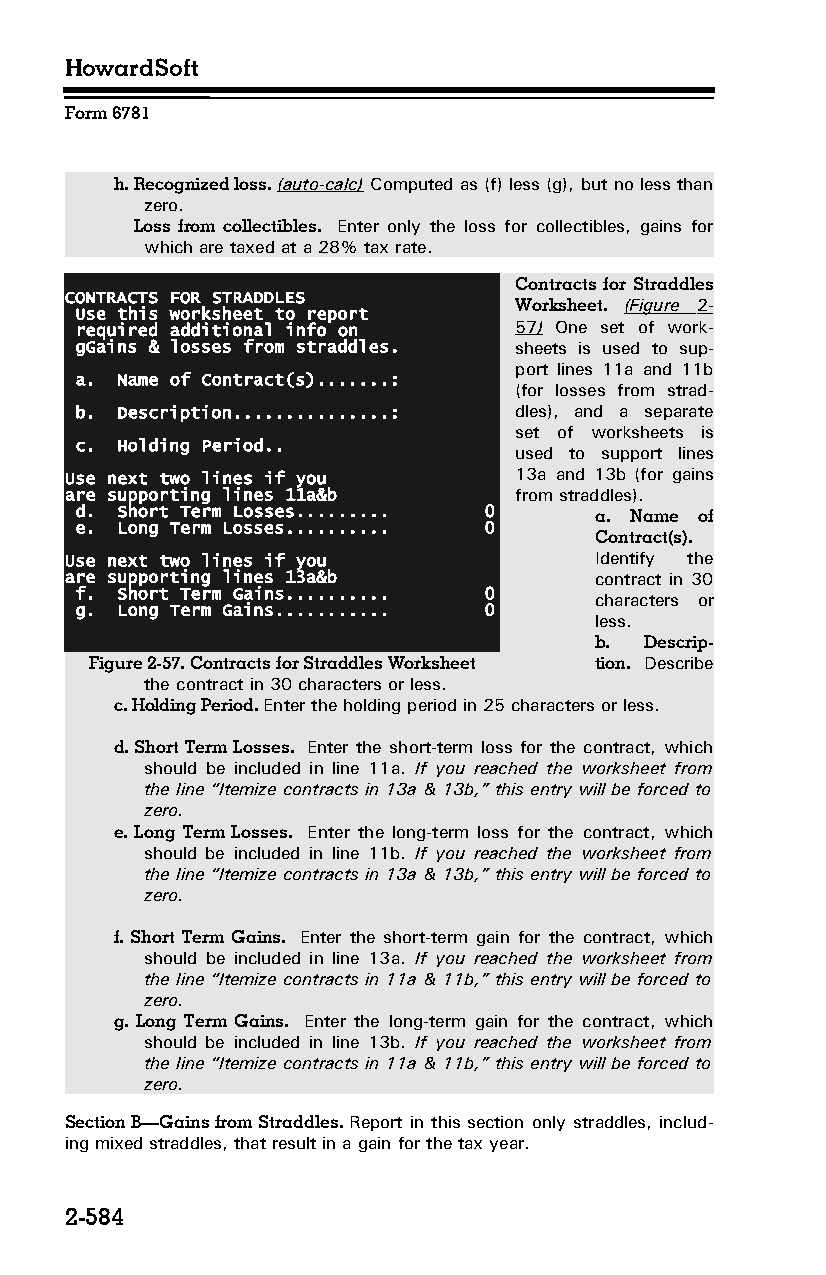
HowardSoft
 Form 6781
 h. Recognized loss. (auto-calc) Computed as (f) less (g), but no less than
 zero.
 Loss from collectibles. Enter only the loss for collectibles, gains for
 which are taxed at a 28% tax rate.
 Contracts for Straddles
 CONTRACTS FOR STRADDLES
 Worksheet. (Figure 2-
 Use this worksheet to report
 required additional info on  57 ) One set of work­
 gGains & losses from straddles. sheets is used to sup­
 port lines 11a and 11b
 a. Name of Contract(s).......:
 (for losses from strad­
 b. Description...............: dles), and a separate
 set of worksheets is
 c. Holding Period..
 used to support lines
 Use next two lines if you     13a and 13b (for gains
 are supporting lines 11a&b    from straddles).
 d. Short Term Losses......... 0   a. Name of
 e. Long Term Losses.......... 0
 Contract(s).
 Use next two lines if you          Identify the
 are supporting lines 13a&b         contract in 30
 f. Short Term Gains.......... 0
 characters or
 g. Long Term Gains........... 0
 less.
 b.  Descrip­
 Figure 2-57. Contracts for Straddles Worksheet tion. Describe
 the contract in 30 characters or less.
 c. Holding Period. Enter the holding period in 25 characters or less.
 d. Short Term Losses. Enter the short-term loss for the contract, which
 should be included in line 11a. If you reached the worksheet from
 the line “Itemize contracts in 13a & 13b,” this entry will be forced to
 zero.
 e. Long Term Losses. Enter the long-term loss for the contract, which
 should be included in line 11b. If you reached the worksheet from
 the line “Itemize contracts in 13a & 13b,” this entry will be forced to
 zero.
 f. Short Term Gains. Enter the short-term gain for the contract, which
 should be included in line 13a. If you reached the worksheet from
 the line “Itemize contracts in 11a & 11b,” this entry will be forced to
 zero.
 g. Long Term Gains. Enter the long-term gain for the contract, which
 should be included in line 13b. If you reached the worksheet from
 the line “Itemize contracts in 11a & 11b,” this entry will be forced to
 zero.
 Section B—Gains from Straddles. Report in this section only straddles, includ­
 ing mixed straddles, that result in a gain for the tax year.
 2-584